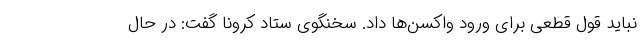
نباید قول قطعی برای ورود واکسن‌ها داد. سخنگوی ستاد کرونا گفت: در حال